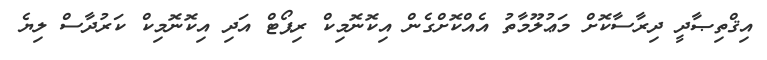
އިޤްތިޞާދީ ދިރާސާކޮށް މަޢުލޫމާތު އެއްކޮށްގެން އިކޮނޮމިކް ރިޕޯޓް އަދި އިކޮނޮމިކް ކަރުދާސް ލިޔެ